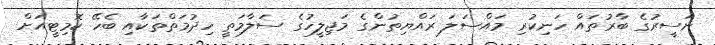
ނަސީރުގެ ބާރުތައް ހަނިކުރި މައްސަލަ ރައްޔިތުންގެ މަޖިލީހުގެ ސަލާމަތީ ހިދުމަތްތަކާއި ބެހޭ ކޮމިޓީއަށް